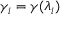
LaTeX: \gamma _ { i } = \gamma ( \lambda _ { i } )